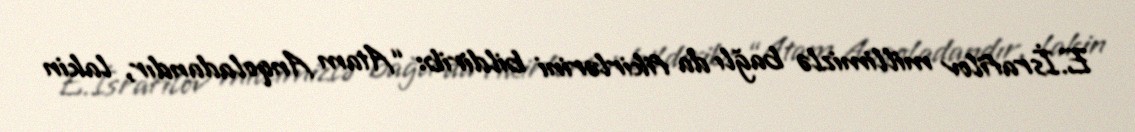
E.İsrafilov millimizlə bağlı da fikirlərini bildirib: “Atam Anqoladandır, lakin